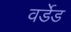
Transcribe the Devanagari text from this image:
वर्डेड